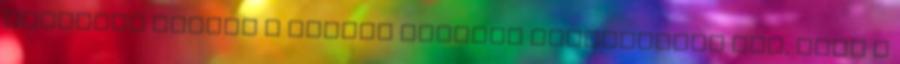
felkérés nyomán a magyar kormány határozatot hoz, hogy a